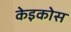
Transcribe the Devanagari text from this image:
केइकोस